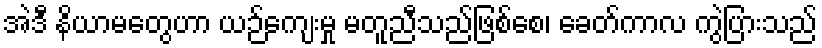
အဲဒီ နိယာမတွေဟာ ယဉ်ကျေးမှု မတူညီသည်ဖြစ်စေ၊ ခေတ်ကာလ ကွဲပြားသည်